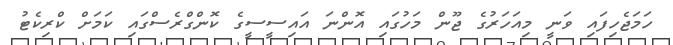
ހަމަޖެހިފައި ވަނީ މިއަހަރުގެ ޖޫން މަހުގައި އޮންނަ އައިސީސީގެ ކޮންގްރެސްގައި ކަމަށް ކްރިކެޓު